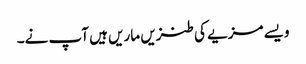
ویسے مزیے کی طنزیں ماریں ہیں آپ نے۔